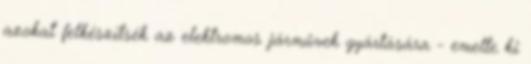
azokat felkészítsék az elektromos járművek gyártására - emelte ki